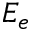
E _ { e }